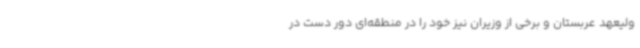
ولیعهد عربستان و برخی از وزیران نیز خود را در منطقه‌ای دور دست در